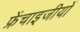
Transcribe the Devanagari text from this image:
फ्रेंचाइजीयों